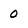
Character: 0